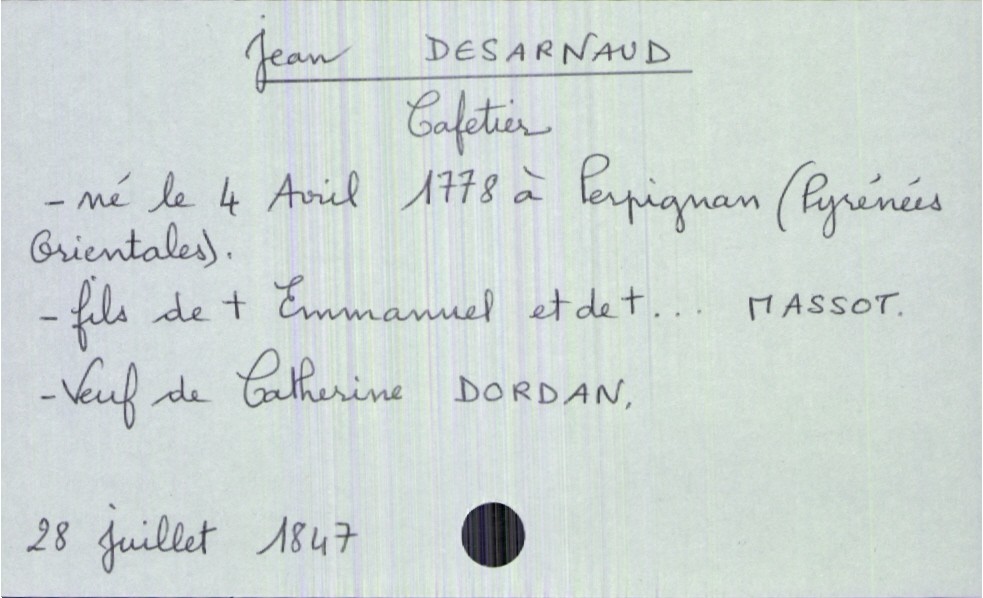
type_acte: Décès
année: 1847
mois: juillet
jour: 28
observations: prénom de la mère pas lu
défunt_nom: Desarnaud
défunt_prénom: Jean
défunt_sexe: H
défunt_profession: cafetier
défunt_date_de_naissance: 4 avril 1778
défunt_lieu_de_naissance: Perpignan (Pyrénées Orientales)
défunt_statut: veuf(ve)
père_défunt_nom: Desarnaud
père_défunt_prénom: Emmanuel
père_défunt_statut: décédé
mère_défunt_nom: Massot
mère_défunt_statut: décédée